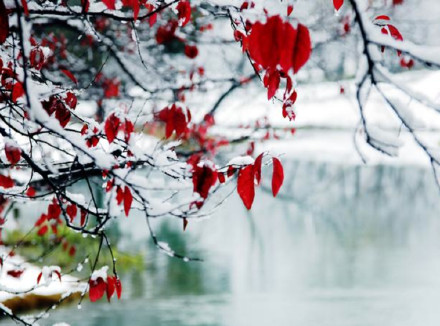
去年相送，馀杭门外，飞雪似杨花。